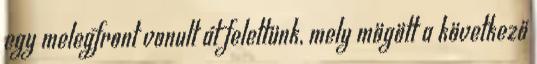
egy melegfront vonult át felettünk, mely mögött a következő